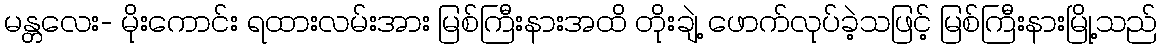
မန္တလေး- မိုးကောင်း ရထားလမ်းအား မြစ်ကြီးနားအထိ တိုးချဲ့ ဖောက်လုပ်ခဲ့သဖြင့် မြစ်ကြီးနားမြို့သည်